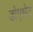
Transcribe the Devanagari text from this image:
डोएशेट